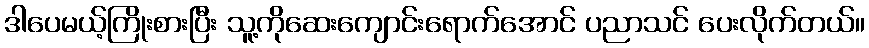
ဒါပေမယ့်ကြိုးစားပြီး သူ့ကိုဆေးကျောင်းရောက်အောင် ပညာသင် ပေးလိုက်တယ်။